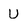
Character: u